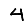
Digit: 4